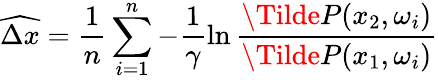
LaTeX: \widehat{\Delta x}=\frac{1}{n}\sum_{i=1}^{n}-\frac{1}{\gamma}\ln\frac{\Tilde{P}(x_{2},\omega_{i})}{\Tilde{P}(x_{1},\omega_{i})}